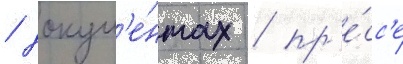
/ докум'е́нтах / пр'е́сс'е